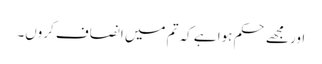
اور مجھے حکم ہوا ہے کہ تم میں انصاف کروں۔